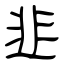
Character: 韭